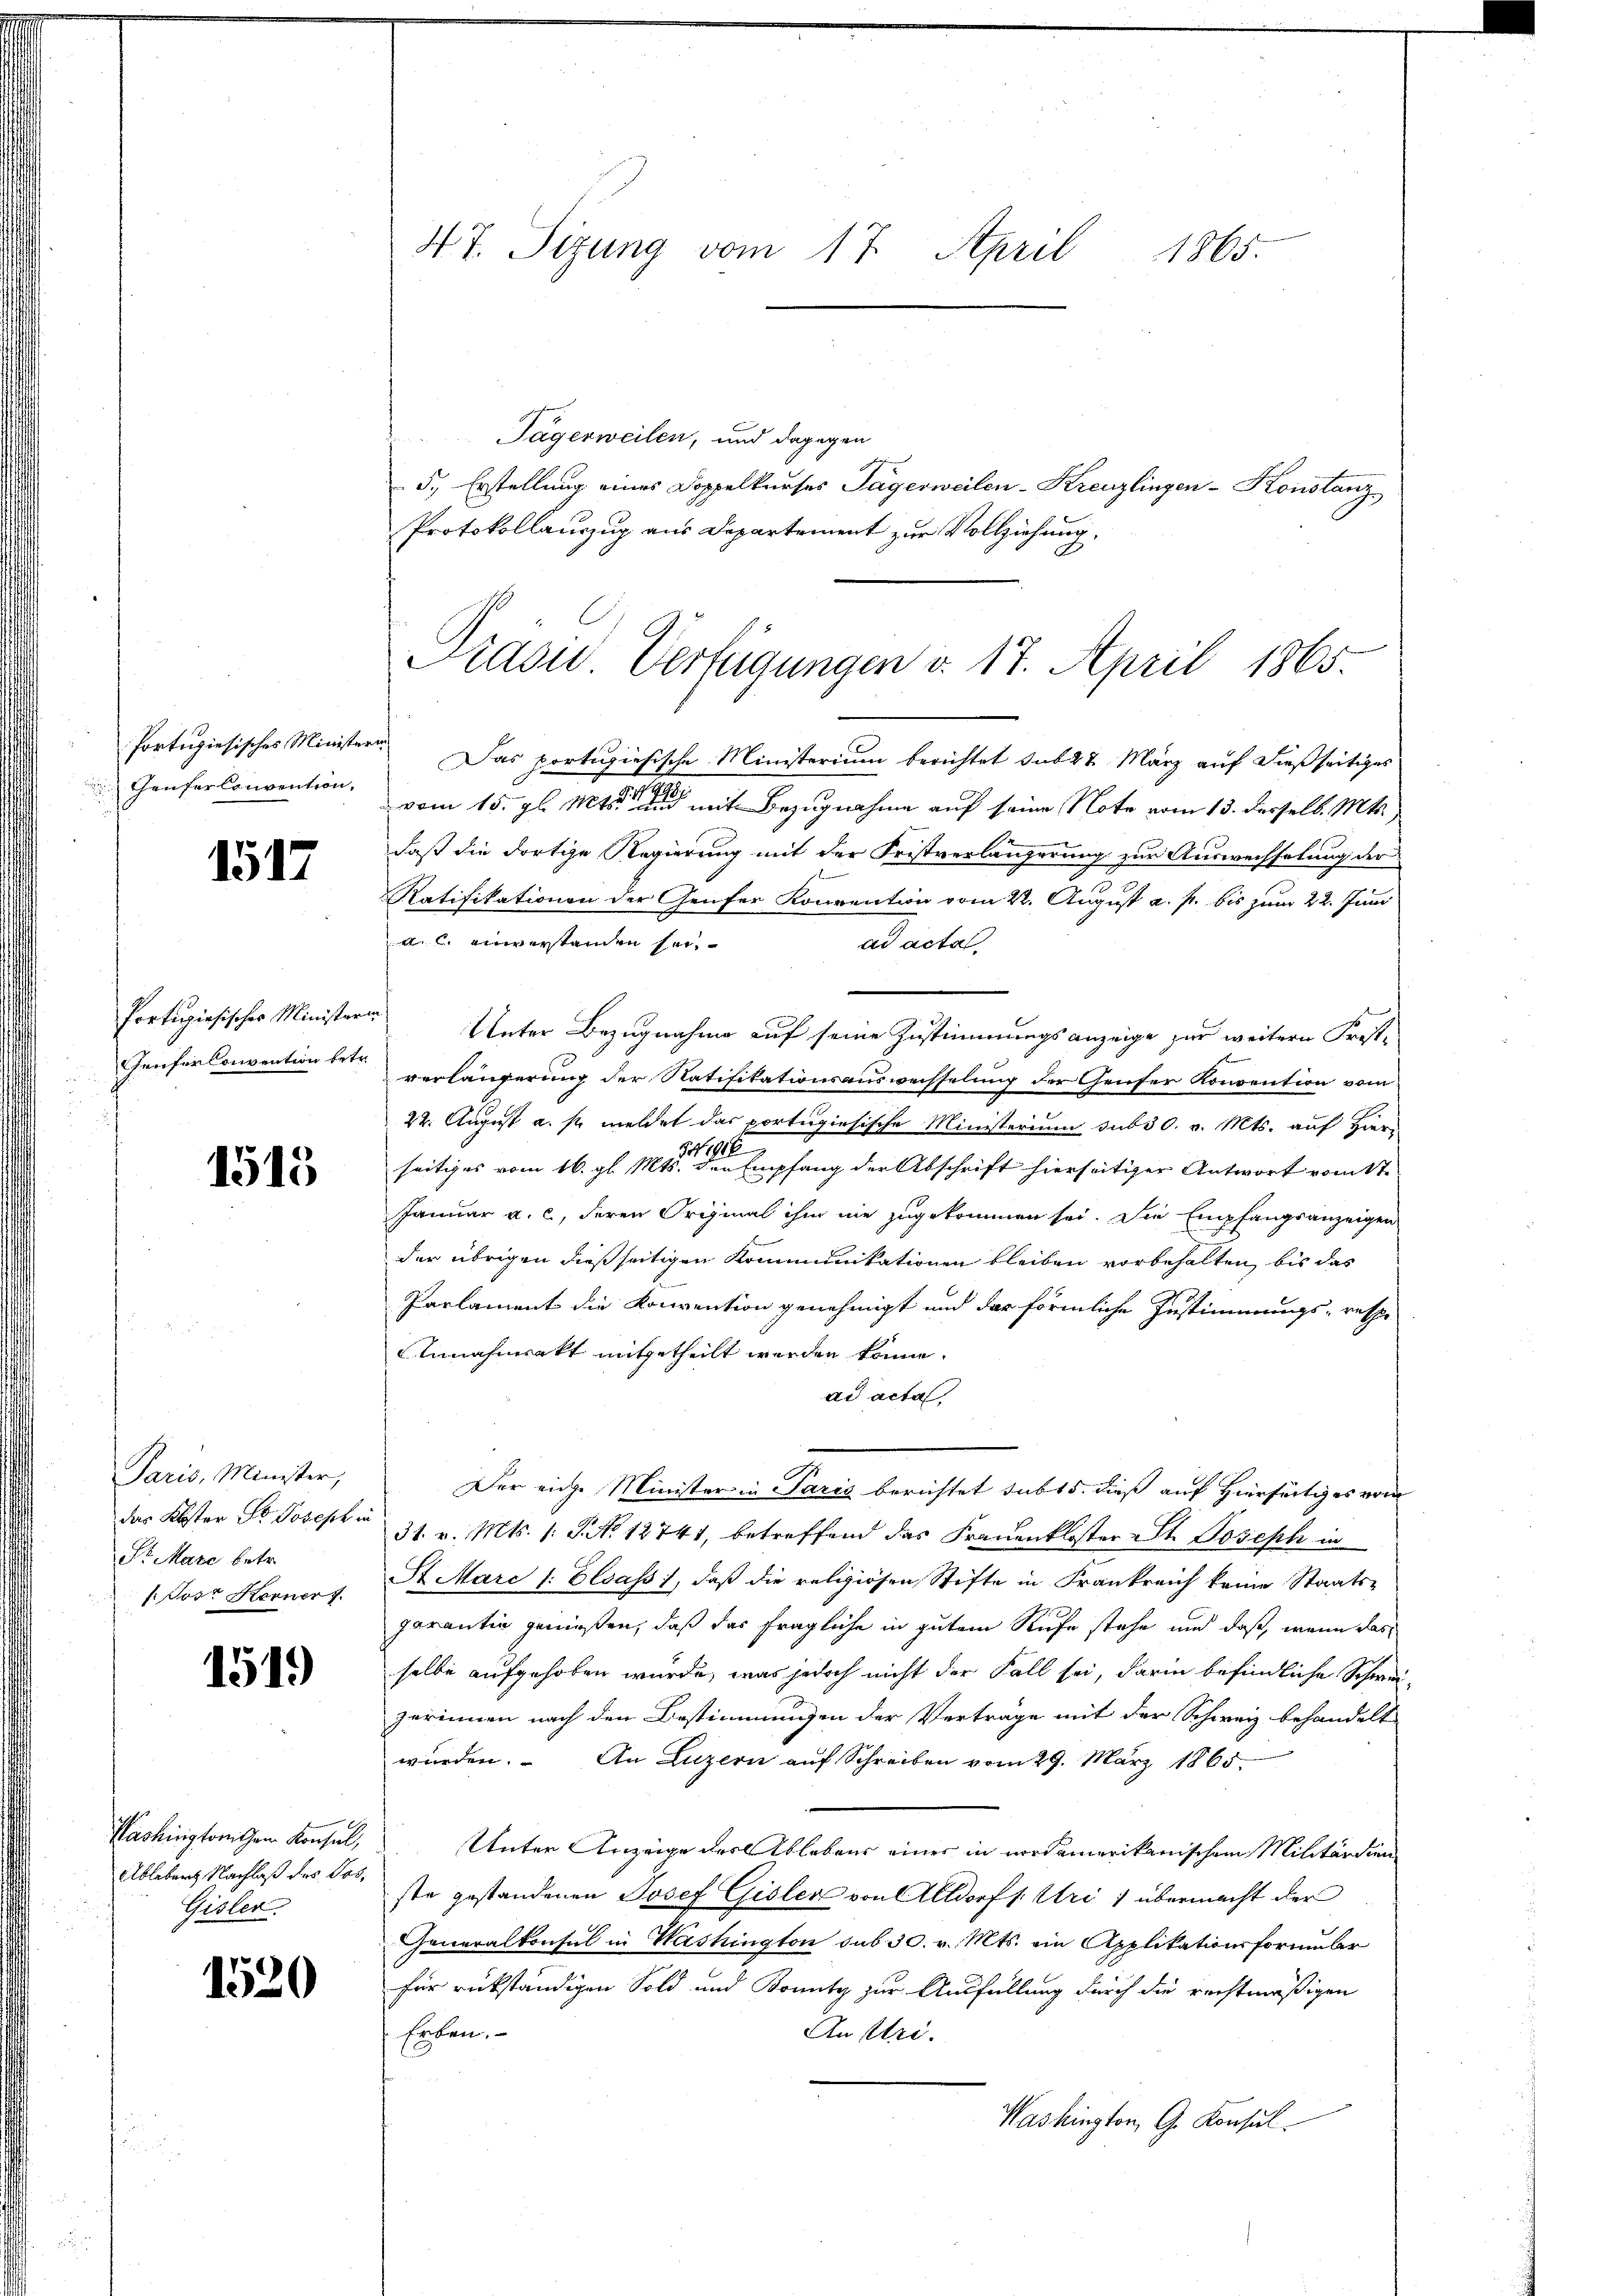
Portugiesisches Minister
Haufer Convention,

1517

Portugiesisches Minister
Genferkonvention betr.

1515

Paris, Minister,
das Koster Dr. Joseph in
Sr Mare betr.
f Joso Herner f

1519

Washingtonischen Konsul,
Ableberg Nachlaß des Jos.
Gisler

1520

47. Sizung vom 17. April 1865.

Tägerweilen, und dagegen
5., Erstellung eines Doppelkurses Tägerweilen-Kreuzlingen-Konstanz
Protokollauszug aus Departement zur Vollziehung,
Das portugisische Ministerium berichtet sub 27. März auf dießseitiges
vom 15. gl. Mts. mit Bezugnahme auf seine Note vom 13. Derselb. Mts.
daß die dortige Regierung mit der Fristverlängerung zur Auswechselung der
Ratifikationen der Genfer Konvention vom 22. August a. p. bis zum 22. Juni
A einverstanden sei
ad actal.
 Unter Bezugnahme auf seine Zustimmungsanzeige zur weitern Frist-
verlängerung der Natifikationsausweisselung der Genser Konvention vom
22. August a. s. meldet das portugiesische Ministerium sub 30. v. Mts. auf Hier
seitiges vom 16. gl. Mts. den Empfang der Abschrift hierseitiger Antwort vom 17.
Januar a. c., deren Original ihm nie zugekommen sei. Die Empfangsanzeigen
A
der übrigen dießseitigen Kommunikationen bleiben vorbehalten, bis das
Parlament die Konvention genehmigt und das förmliche Zustimmungs- respe
Annahmsakt mitgetheilt werden könne.
ad acta
Der einge Minister in Paris berichtet sub 15. dieß auf Hierfertig es vom
31. v. Mts. 1. No 12741, betreffend das Frauenkloster-St. Joseph in
St Marc (: Elsass, daß die religiösen Stifte in Frankreich keine Staats-
garantin genießen, daß das fragliche in gutem Rufe stehe und daß, wenn das
selbe aufgehoben wurde, was jedoch nicht der Fall sei, darin befindliche Schweizerinnen nach den Bestimmungen der Verträge mit der Schweiz behandelt
würden. An Luzern auf Schreiben vom 29. März 1865.
Unter Anzeige des Ablebens einer in nordamerikanischem Militärdien
ste gestandenen Josef Gisler von Altdorf (Uri) übermacht der
Generalkonsul in Washington sub 30. v. Mts. ein Applikationsformbr
für rückständigen Sold und Bonitz zur Ausfüllung durch die rechtmäßigen
Erben.
An Uri.
Washington, G. Konsul

Kasu Verfügungen v. 17. April 1865.